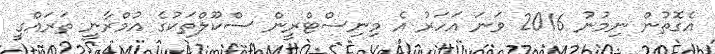
އެގޮތުން ނިމުނު 2016 ވަނަ އަހަރު އެ މިނިސްޓްރީން ސްކޫލްތަކުގެ އުމްރާނީ ތަރައްގީ